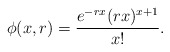
\begin{align*}\phi(x,r)=\frac{e^{-rx} (rx)^{x+1}}{x!}.\end{align*}